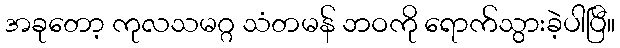
အခုတော့ ကုလသမဂ္ဂ သံတမန် ဘဝကို ရောက်သွားခဲ့ပါပြီ။